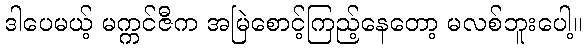
ဒါပေမယ့် မက္ကင်ဇီက အမြဲစောင့်ကြည့်နေတော့ မလစ်ဘူးပေါ့။